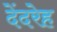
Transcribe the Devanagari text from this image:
देंदरेह